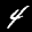
Label: 4